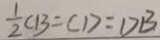
\frac { 1 } { 2 } C B = C D = D B